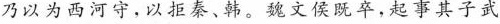
乃以为西河守，以秦、韩。魏侯既卒，起事其子武